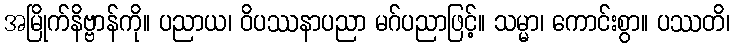
အမြိုက်နိဗ္ဗာန်ကို။ ပညာယ၊ ဝိပဿနာပညာ မဂ်ပညာဖြင့်။ သမ္မာ၊ ကောင်းစွာ။ ပဿတိ၊